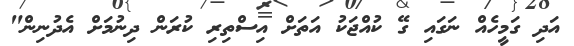
އަދި ގަމީހެއް ނަގައި ގޭ ކުއްޖަކު އަތަށް އިސްތިރި ކުރަން ދިނުމަށް އެދުނިން"